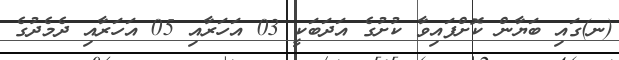
(ނ)ގައި ބަޔާން ކޮށްފައިވާ ކުށުގެ އަދަބަކީ 03 އަހަރާއި 05 އަހަރާއި ދެމެދުގެ